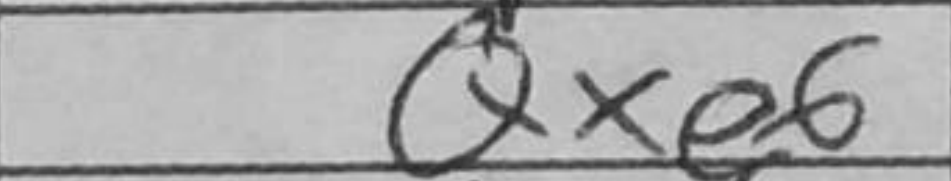
Transcription: Qxe6